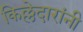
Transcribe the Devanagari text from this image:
किल्लेदारांनी